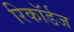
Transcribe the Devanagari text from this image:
रिकॉर्डज